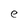
Character: e